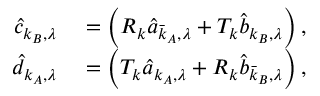
\begin{array} { r l } { \hat { c } _ { \boldsymbol { k } _ { B } , \lambda } } & { { } = \left( R _ { \boldsymbol { k } } \hat { a } _ { \bar { \boldsymbol { k } } _ { A } , \lambda } + T _ { \boldsymbol { k } } \hat { b } _ { \boldsymbol { k } _ { B } , \lambda } \right) , } \\ { \hat { d } _ { \boldsymbol { k } _ { A } , \lambda } } & { { } = \left( T _ { \boldsymbol { k } } \hat { a } _ { \boldsymbol { k } _ { A } , \lambda } + R _ { \boldsymbol { k } } \hat { b } _ { \bar { \boldsymbol { k } } _ { B } , \lambda } \right) , } \end{array}